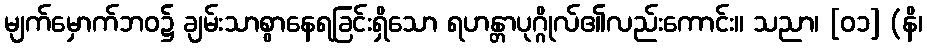
မျက်မှောက်ဘဝ၌ ချမ်းသာစွာနေရခြင်းရှိသော ရဟန္တာပုဂ္ဂိုလ်၏လည်းကောင်း။ သညာ၊ [၀၁] (နိ၊